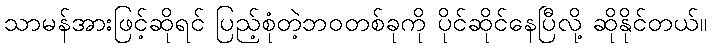
သာမန်အားဖြင့်ဆိုရင် ပြည့်စုံတဲ့ဘဝတစ်ခုကို ပိုင်ဆိုင်နေပြီလို့ ဆိုနိုင်တယ်။